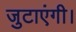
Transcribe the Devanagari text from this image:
जुटाएंगी।